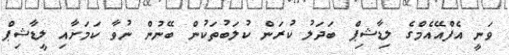
ވަނީ އެފްއޭއެމްގެ ލިޑާޝިޕް ބަދަލު ކުރަން ކުލަބުތަކުން ބޭނުން ނުވާ ކަމަށާއި ލީޑާޝިޕް